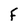
Character: F